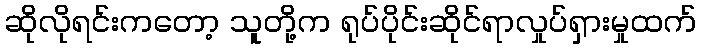
ဆိုလိုရင်းကတော့ သူတို့က ရုပ်ပိုင်းဆိုင်ရာလှုပ်ရှားမှုထက်